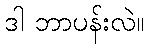
ဒါ ဘာပန်းလဲ။